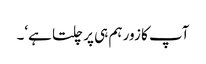
آپ کا زور ہم ہی پر چلتا ہے‘۔